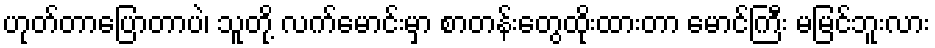
ဟုတ်တာပြောတာပဲ၊ သူတို့ လက်မောင်းမှာ စာတန်းတွေထိုးထားတာ မောင်ကြီး မမြင်ဘူးလား